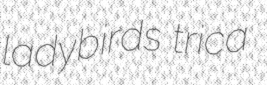
ladybirds trica